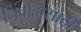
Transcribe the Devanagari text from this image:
निर्वाहासाठी